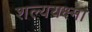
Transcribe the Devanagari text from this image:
शल्ययक्ष्मा